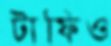
টাফিও